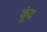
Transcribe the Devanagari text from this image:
कूंद